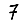
Digit: 7